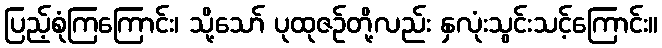
ပြည့်စုံကြကြောင်း၊ သို့သော် ပုထုဇဉ်တို့လည်း နှလုံးသွင်းသင့်ကြောင်း။